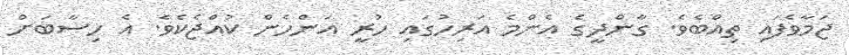
ޖަމާވެފައި ތިއްބެވެ. ގާންދީގެ އެންމެ އަރިހުގައި ހުރީ އަންހެން ކުއްޖެކެވެ. އެ ހިސާބަށް